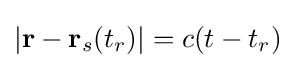
|\mathbf {r} -\mathbf {r} _{s}(t_{r})|=c(t-t_{r})